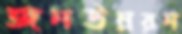
জনউন্নয়ন